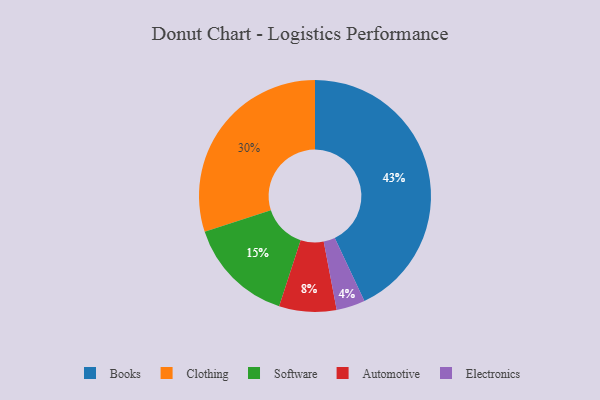
{"axis": {"x": "Category", "y": "Percentage"}, "legend": ["Automotive", "Books", "Clothing", "Electronics", "Software"], "data": [{"x": "Software", "y": 15, "type": "Software"}, {"x": "Books", "y": 43, "type": "Books"}, {"x": "Electronics", "y": 4, "type": "Electronics"}, {"x": "Automotive", "y": 8, "type": "Automotive"}, {"x": "Clothing", "y": 30, "type": "Clothing"}]}